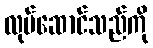
လုပ်ဆောင်သည်ကို